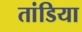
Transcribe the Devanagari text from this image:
तांडिया